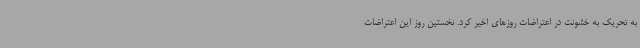
به تحریک به خشونت در اعتراضات روزهای اخیر کرد. نخستین روز این اعتراضات